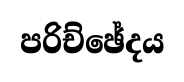
පරිච්ඡේදය